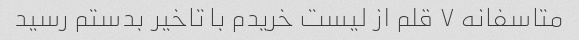
متاسفانه ۷ قلم از لیست خریدم با تاخیر بدستم رسید